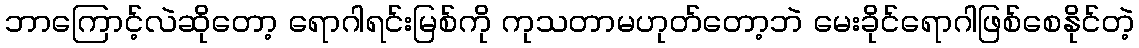
ဘာကြောင့်လဲဆိုတော့ ရောဂါရင်းမြစ်ကို ကုသတာမဟုတ်တော့ဘဲ မေးခိုင်ရောဂါဖြစ်စေနိုင်တဲ့